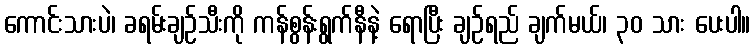
ကောင်းသားပဲ၊ ခရမ်းချဉ်သီးကို ကန်စွန်းရွက်နီနဲ့ ရောပြီး ချဉ်ရည် ချက်မယ်၊ ၃၀ သား ပေးပါ။